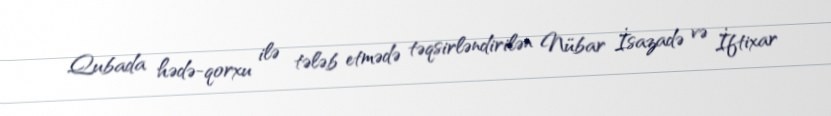
Qubada hədə-qorxu ilə tələb etmədə təqsirləndirilən Nübar İsazadə və İftixar